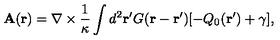
{ \bf { A } } ( { \bf r } ) = { \bf \nabla } \times \frac { 1 } { \kappa } \int d ^ { 2 } { \bf { r ^ { \prime } } } G ( { { \bf r } - \bf { r ^ { \prime } } } ) [ - Q _ { 0 } ( { \bf { r ^ { \prime } } } ) + \gamma ] ,